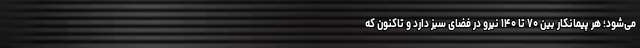
می‌شود؛ هر پیمانکار بین ۷۰ تا ۱۴۰ نیرو در فضای سبز دارد و تاکنون که